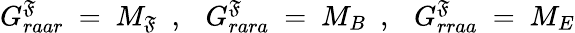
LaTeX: G_{raar}^{\mathfrak{F}}\ =\ M_{\mathfrak{F}}\ \ ,\ \ \ G_{rara}^{\mathfrak{F}}\ =\ M_{B}\ \ ,\ \ \ G_{rraa}^{\mathfrak{F}}\ =\ M_{E}